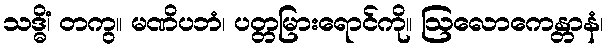
သဒ္ဓိံ၊ တကွ။ မဏိပဘံ၊ ပတ္တမြားရောင်ကို။ ဩလောကေန္တာနံ၊